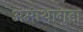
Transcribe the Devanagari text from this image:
अमाथागुडा